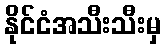
နိုင်ငံအသီးသီးမှ